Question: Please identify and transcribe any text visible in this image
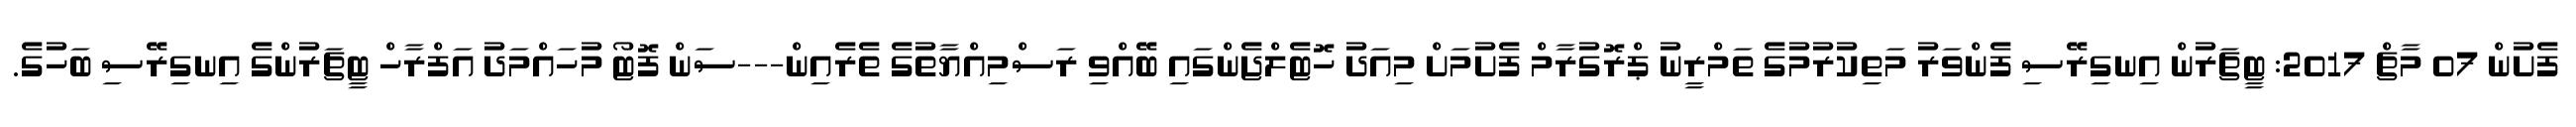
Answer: ފެށުން 07 މާޗް 2017: ޓީޗަރުން އިނގިރޭސި ފެންވަރު މަތިކުރުމުގެ ތަމްރީނު ޕްރޮގުރާމް ފެށުމަށް މިއަދު ހޮޓެލްޖެންގައި ބޭއްވި ރަސްމިއްޔާތުގެ ތެރެއިން---ސަން ފޮޓޯ މުހައްމަދު އަފްރާހް ޓީޗަރުންގެ އިނގިރޭސި ބަހުގެ.